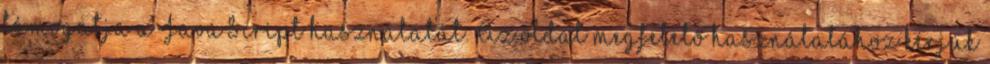
támogatja a JavaScript használatát. Az oldal megfelelő használatához kérjük